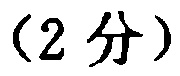
(2 分)